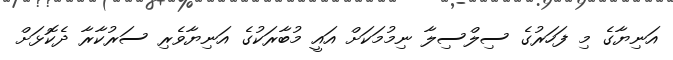
އަނިޔާގެ މި ފަހަރުގެ ސިލްސިލާ ނިމުމަކަށް އައީ މުބާރަކުގެ އަނިޔާވެރި ސަރުކާރާ ދެކޮޅަށް